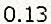
0.13